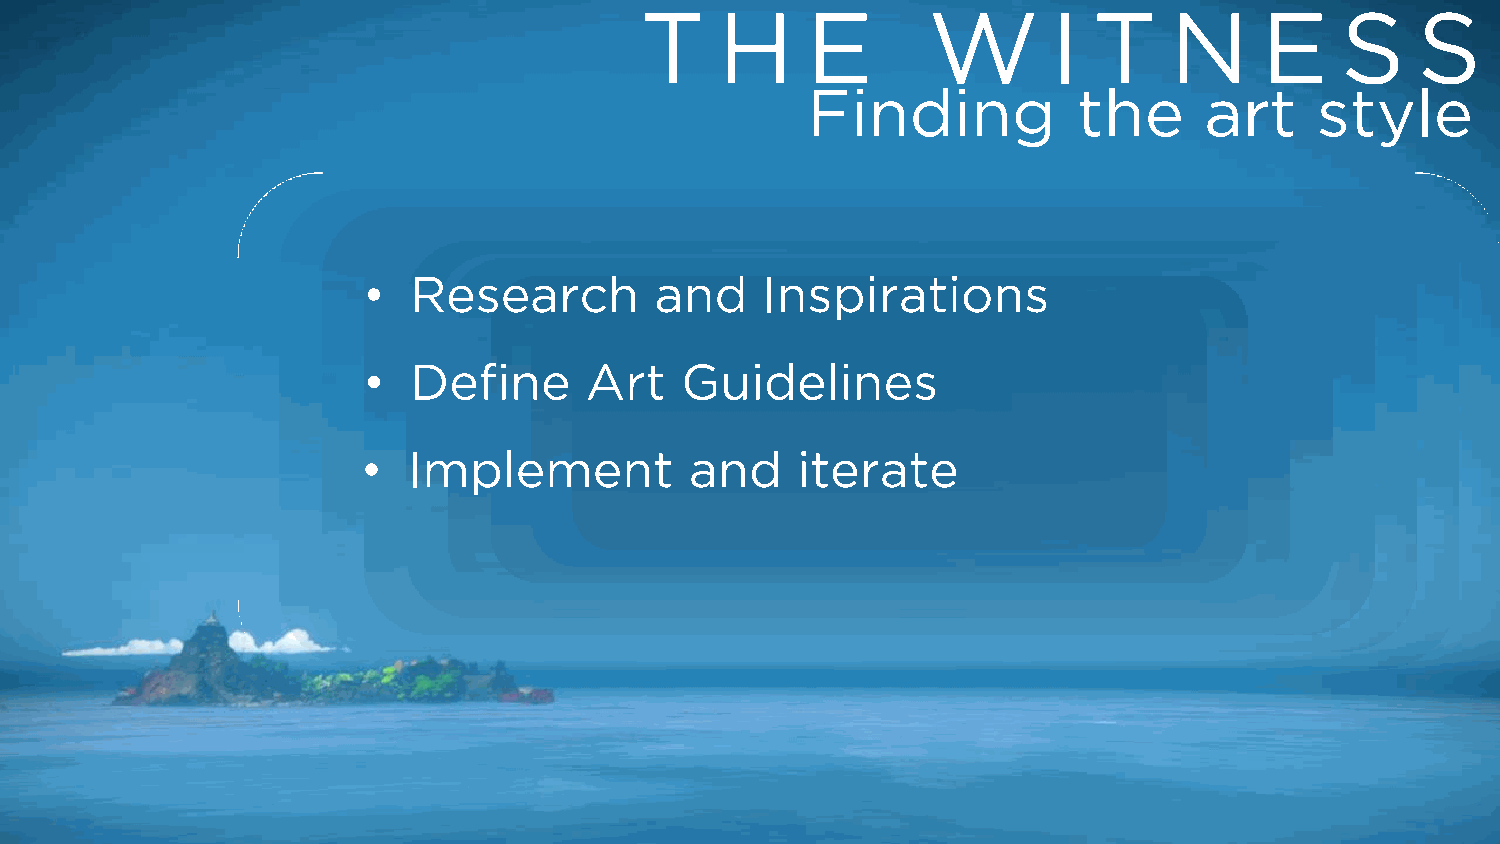
T     H    E       W        I T    N      E    S    S
 Finding           the      art    style
 •  Research        and    Inspirations
 •  Define      Art   Guidelines
 •  Implement          and    iterate